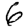
Digit: 6